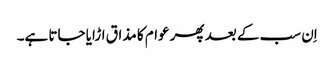
اِن سب کے بعد پھر عوام کا مذاق اڑایا جاتا ہے۔